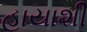
હાયાશી